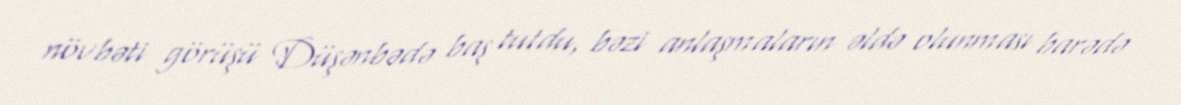
növbəti görüşü Düşənbədə baş tutdu, bəzi anlaşmaların əldə olunması barədə